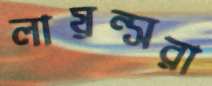
লায়ন্সরা